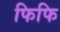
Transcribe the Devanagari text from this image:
फिफि